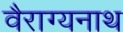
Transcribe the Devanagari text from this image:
वैराग्यनाथ